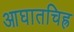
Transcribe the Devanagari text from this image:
आघातचिह्र